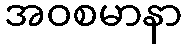
အဝစမာနာ